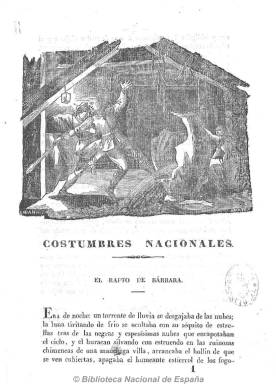
Título: Siglo XIX (Madrid. 1837)
Otros títulos: Siglo diecinueve
Colección: Semanarios de amenidades
Ámbito geográfico: Madrid
Lugar de publicación: Madrid
Fechas: 01/01/1837-01/01/1838

Periódico de carácter literario e ilustrado que sigue las huellas del Semanario pintoresco español (1836-1857) y que cultivó un romanticismo de “pacotilla”, a juicio de Maria Cruz Seoane. Comienza a publicarse en enero de 1837 y lo hace en entregas semanales de 16 páginas y foliación continuada, impresas, primero, por la Compañía Tipográfica y, después, por Narciso Sanchiz. Publica artículos de divulgación sobre historia, especialmente del siglo de oro español y de la edad media, arte, biografía, antigüedades, pero principalmente de creación literaria (narraciones y cuentos) y composiciones poéticas. Asimismo tiene secciones de viajes y de modas, por lo que contó con un público femenino. Incluyó numerosos dibujos y grabados de vistas, motivos arquitectónicos, retratos y estampas costumbristas.

Fue dirigido por Francisco Fernández Villabrille, que será director del Colegio de Sordomudos y Ciegos, y en el colaboran los dos grandes pintores de la época, Antonio María Esquivel y Vicente López, este pintor de Cámara de S.M., así como el famoso grabador Vicente Castelló. Entre sus dibujantes y grabadores se encuentran también Cavanna, Amat y A. Gómez.

Entre sus redactores y colaboradores literarios, además de Fernández Villabrille, aparecen  Clemente Díaz, Juan Bautista Delgado, Baltasar Sebastián Castellanos, Agustín de Alfaro, M. Bañuelos y E. Vives, así como Juan Valera, Gregorio Romero Larrañaga, Imberto Gilbert, Santiago Diego Madrazo y Ramón Campoamor, entre otros. Sus editores responsables son Clemente Díaz y, desde el 15 de febrero de 1838, Narciso Sanchiz.

Editó dos colecciones de ilustraciones y figurines fuera de texto.  El primer tomo de la colección, de 272 páginas, corresponde a 1837, y el segundo, de 192 páginas, a 1838. Debió desaparecer el 22 de marzo de 1837 ante el fracaso económico que supuso su edición, siendo absorbido por El panorama (1838-1841).